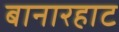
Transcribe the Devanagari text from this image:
बानारहाट